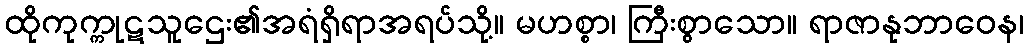
ထိုကုက္ကုဋသူဌေး၏အရံရှိရာအရပ်သို့။ မဟစ္စာ၊ ကြီးစွာသော။ ရာဇာနုဘာဝေန၊